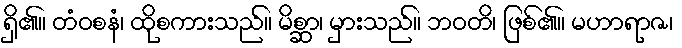
ရှိ၏။ တံဝစနံ၊ ထိုစကားသည်။ မိစ္ဆာ၊ မှားသည်။ ဘဝတိ၊ ဖြစ်၏။ မဟာရာဇ၊